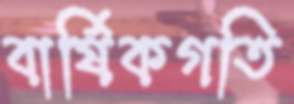
বার্ষিকগতি